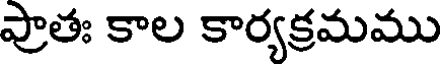
ప్రాతః కాల కార్యక్రమము